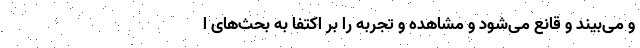
و می‌بیند و قانع می‌شود و مشاهده و تجربه را بر اکتفا به بحث‌های ا